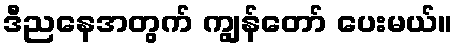
ဒီညနေအတွက် ကျွန်တော် ပေးမယ်။